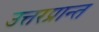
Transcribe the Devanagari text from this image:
उत्तरप्रान्त